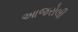
આજરોલી